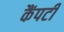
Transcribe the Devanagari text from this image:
कैंपटी